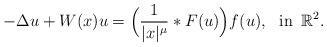
LaTeX: \begin{align*}-\Delta u + W(x)u =\Big(\frac{1}{|x|^{\mu}}\ast F(u)\Big)f(u), \,\,\ \mbox{in} \,\,\, \mathbb{R}^{2}.\end{align*}